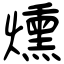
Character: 燻